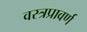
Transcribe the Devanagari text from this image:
वस्त्रप्रावर्ण